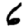
Digit: 6